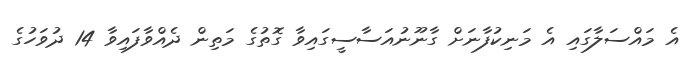
އެ މައްސަލާގައި އެ މަނިކުފާނަށް ގާނޫނުއަސާސީގައިވާ ގޮތުގެ މަތިން ދެއްވާފައިވާ 14 ދުވަހުގެ